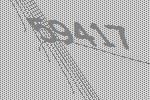
59417